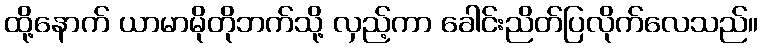
ထို့နောက် ယာမာမိုတိုဘက်သို့ လှည့်ကာ ခေါင်းညိတ်ပြလိုက်လေသည်။